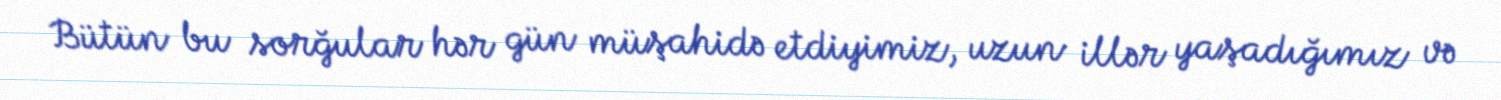
Bütün bu sorğular hər gün müşahidə etdiyimiz, uzun illər yaşadığımız və